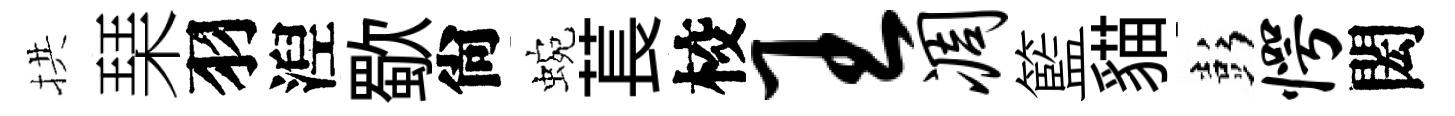
拱琹羽湼歜尙蜿萇校王凋籃貓彭愕閎